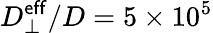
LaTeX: D_{\perp}^{\mathsf{eff}}/D=5\times 10^{5}